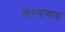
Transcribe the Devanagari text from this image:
खरडगाव